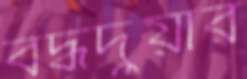
বদ্ধদুয়ার